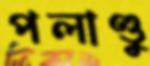
পলাণ্ডু